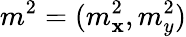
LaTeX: m^{2}=(m_{\mathbf{x}}^{2},m_{y}^{2})